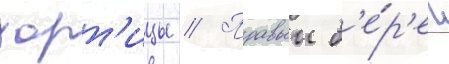
хорт'ицы // Правыи б'е́р'ег